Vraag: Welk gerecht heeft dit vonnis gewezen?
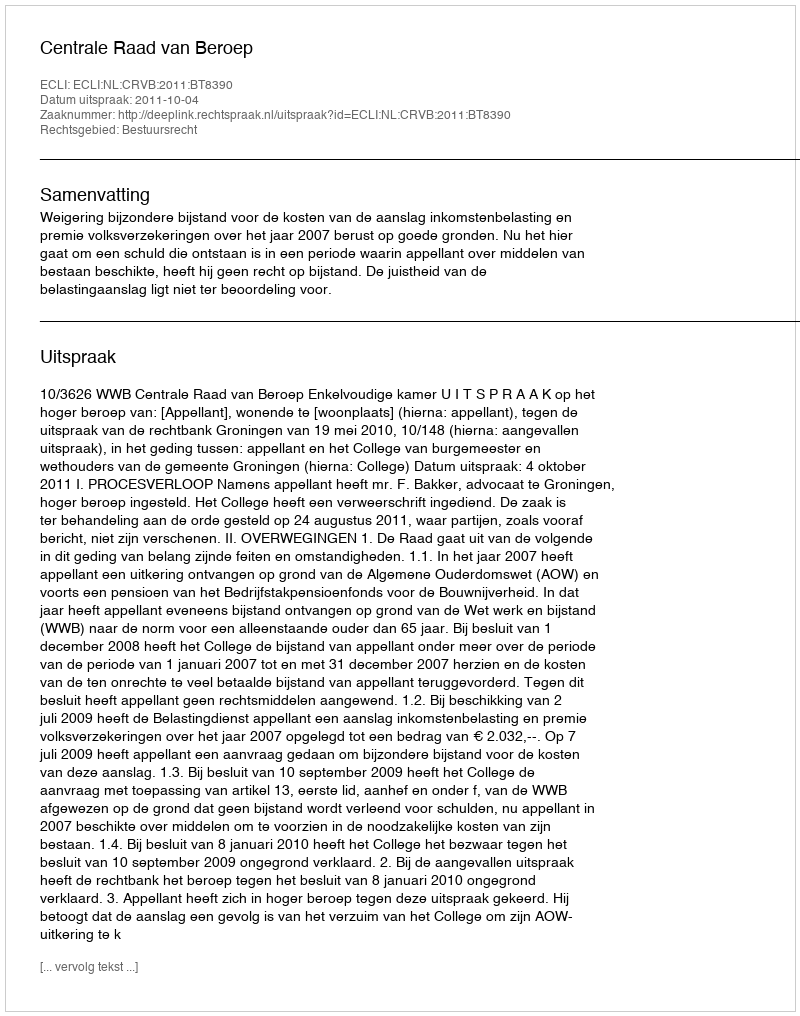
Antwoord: Centrale Raad van Beroep